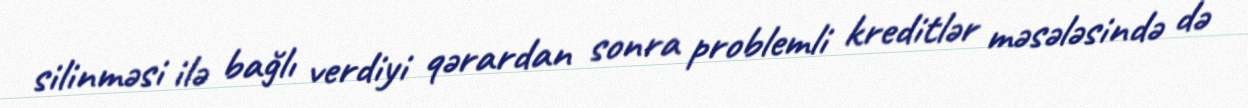
silinməsi ilə bağlı verdiyi qərardan sonra problemli kreditlər məsələsində də